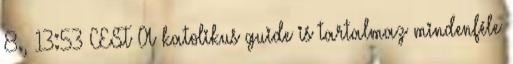
8., 13:53 CEST A katolikus guide is tartalmaz mindenféle